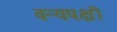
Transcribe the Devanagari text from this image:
वन्यपक्षी